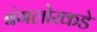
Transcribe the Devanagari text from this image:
बंगलोरकडे